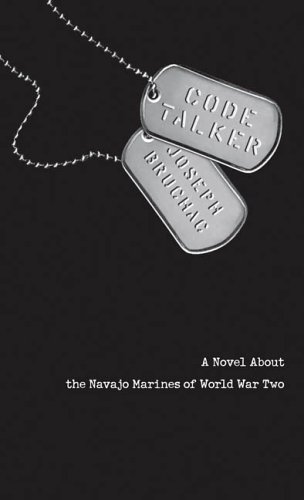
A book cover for Code Talker: A Novel About the Navajo Marines of World War Two; Joseph Bruchac; Teen & Young Adult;